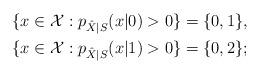
LaTeX: \begin{align*}&\{x\in\mathcal{X}:p_{\hat{X}|S}(x|0)>0\}=\{0,1\},\\&\{x\in\mathcal{X}:p_{\hat{X}|S}(x|1)>0\}=\{0,2\};\end{align*}